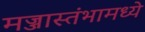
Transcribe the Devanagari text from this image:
मज्जास्तंभामध्ये